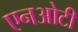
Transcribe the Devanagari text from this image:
एनओटी